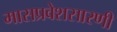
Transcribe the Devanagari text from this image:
मासप्रवेशसारणी